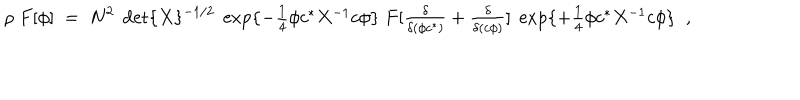
\rho \; F [ \phi ] \; = \; N ^ { 2 } \; \det \{ X \} ^ { - 1 / 2 } \; \exp \{ - \textstyle { \frac { 1 } { 4 } } \phi c ^ { \ast } X ^ { - 1 } c \phi \} \; F [ \frac { \delta } { \delta ( \phi c ^ { \ast } ) } + \frac { \delta } { \delta ( c \phi ) } ] \; \exp \{ + \textstyle { \frac { 1 } { 4 } } \phi c ^ { \ast } X ^ { - 1 } c \phi \} \; \; ,